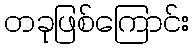
တခုဖြစ်ကြောင်း